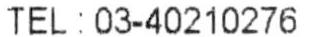
TEL : 03-40210276